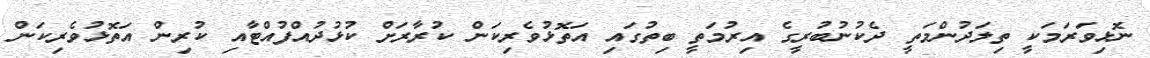
ނޮޅިވަރަމަކީ ތިލަދުންމަތީ ދެކުނުބުރީގެ އިރުމަތީ ބިތުގައި އަތޮޅުވެރިކަން ކުރާރަށް ކުޅުދުއްފުއްޓާއި ކުރިން އަތޮޅުވެރިކަން